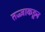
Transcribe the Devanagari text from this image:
तज्‍ज्ञाकडून